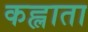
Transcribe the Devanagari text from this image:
कह्लाता